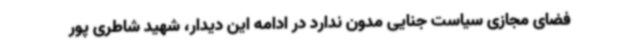
فضای مجازی سیاست جنایی مدون ندارد در ادامه این دیدار، شهید شاطری پور